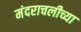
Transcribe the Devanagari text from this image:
मंदराचलीच्या